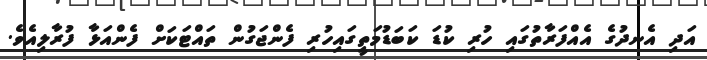
އަދި އެނދުގެ އެއްފަރާތުގައި ހުރި ކުޑަ ކަބަޑުމަތީގައިހުރި ފެންޖަގުން ތައްޓަކަށް ފެންއަޅާ ފުރާލިއެވެ.